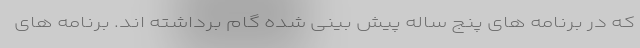
که در برنامه های پنج ساله پیش بینی شده گام برداشته اند. برنامه های